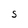
Character: S